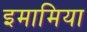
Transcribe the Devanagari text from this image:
इमामिया